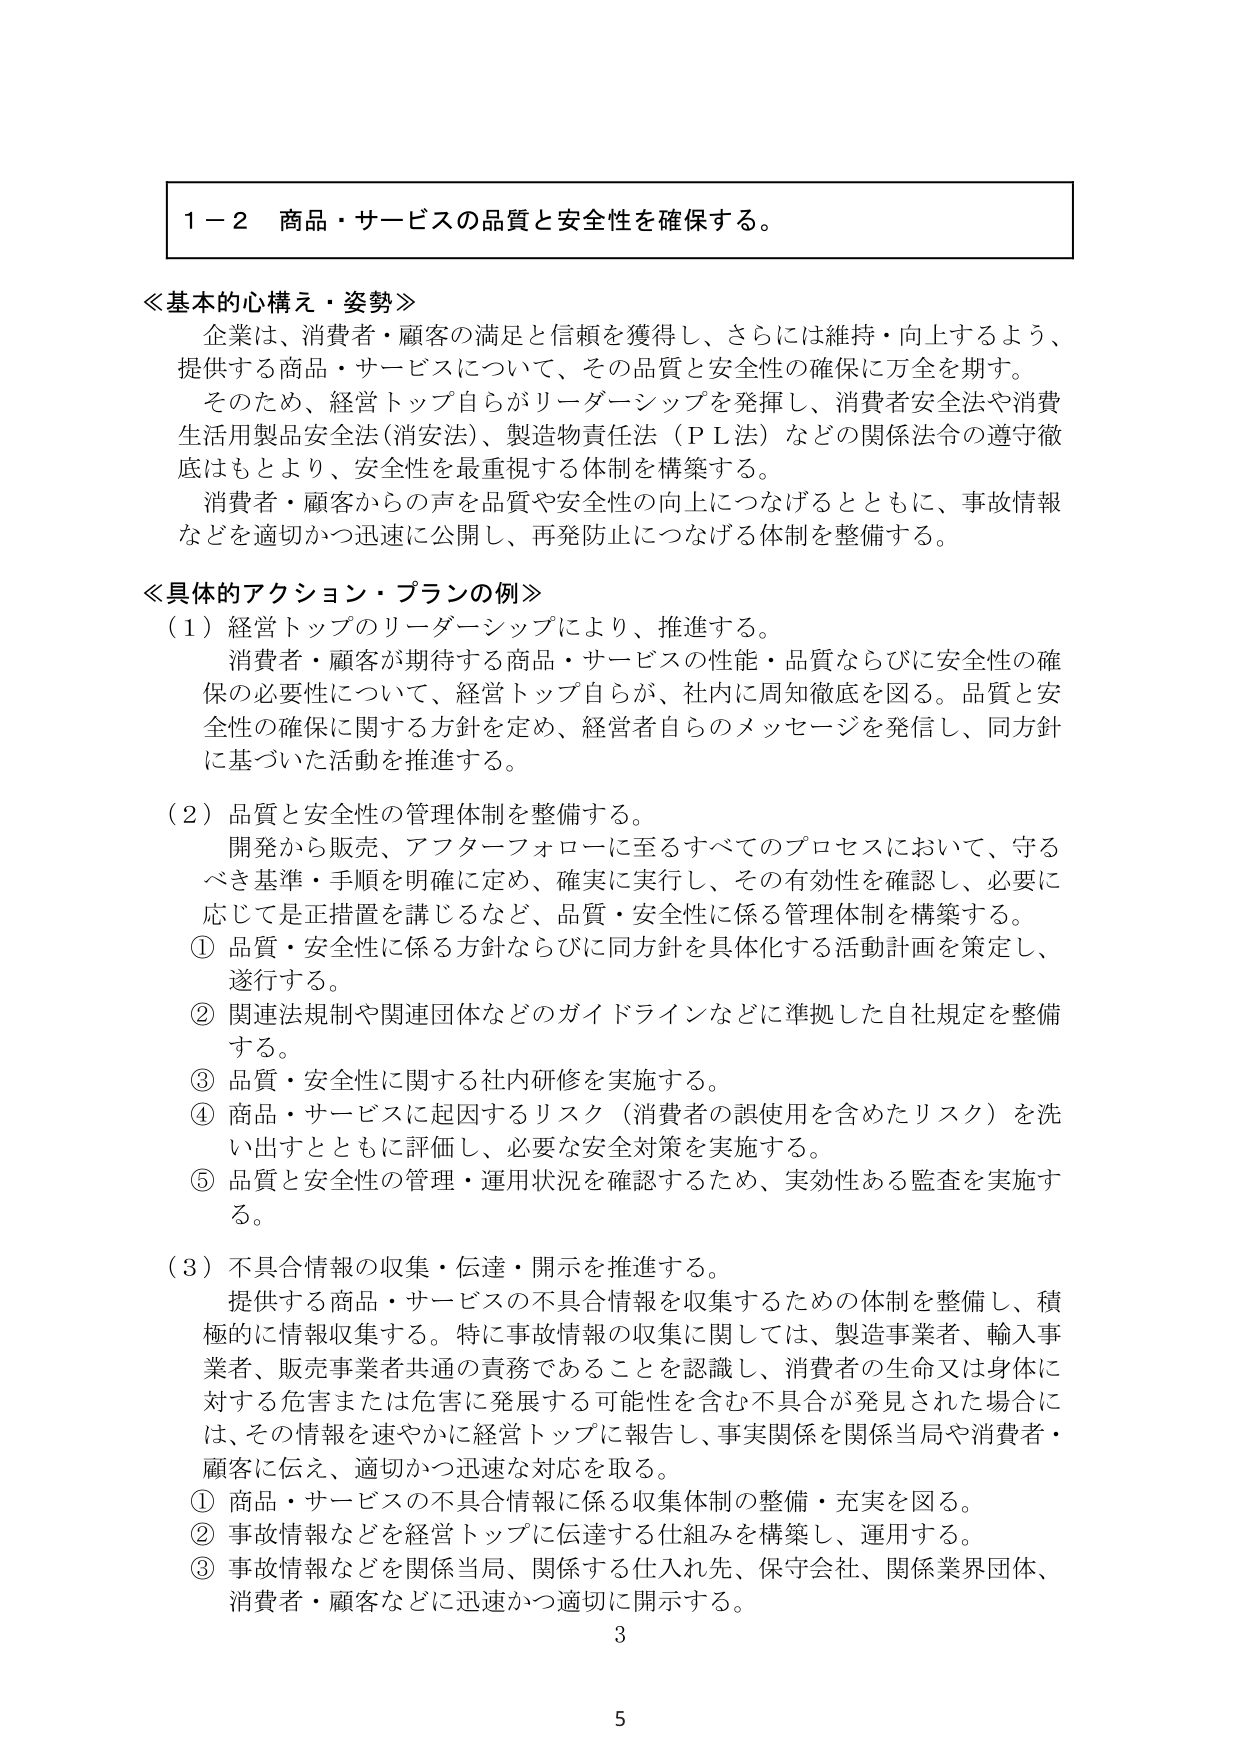
1－2 商品・サービスの品質と安全性を確保する。

≪基本的心構え・姿勢≫
企業は、消費者・顧客の満足と信頼を獲得し、さらには維持・向上するよう、
提供する商品・サービスについて、その品質と安全性の確保に万全を期す。
そのため、経営トップ自らがリーダーシップを発揮し、消費者安全法や消費
生活用製品安全法（消安法）、製造物責任法（ＰＬ法）などの関係法令の遵守徹
底はもとより、安全性を最重視する体制を構築する。
消費者・顧客からの声を品質や安全性の向上につなげるとともに、事故情報
などを適切かつ迅速に公開し、再発防止につなげる体制を整備する。

≪具体的アクション・プランの例≫
（1）経営トップのリーダーシップにより、推進する。
　消費者・顧客が期待する商品・サービスの性能・品質ならびに安全性の確
　保の必要性について、経営トップ自らが、社内に周知徹底を図る。品質と安
　全性の確保に関する方針を定め、経営者自らのメッセージを発信し、同方針
　に基づいた活動を推進する。

（2）品質と安全性の管理体制を整備する。
　開発から販売、アフターフォローに至るすべてのプロセスにおいて、守る
　べき基準・手順を明確に定め、確実に実行し、その有効性を確認し、必要に
　応じては正措置を講じるなど、品質・安全性に係る管理体制を構築する。
　① 品質・安全性に係る方針ならびに同方針を具体化する活動計画を策定し、
　　遂行する。
　② 関連法規制や関連団体などのガイドラインなどに準拠した自社規定を整備
　　する。
　③ 品質・安全性に関する社内研修を実施する。
　④ 商品・サービスに起因するリスク（消費者の誤使用を含めたリスク）を洗
　　い出すとともに評価し、必要な安全対策を実施する。
　⑤ 品質と安全性の管理・運用状況を確認するため、実効性ある監査を実施す
　　る。

（3）不具合情報の収集・伝達・開示を推進する。
　提供する商品・サービスの不具合情報を収集するための体制を整備し、積
　極的に情報収集する。特に事故情報の収集に関しては、製造事業者、輸入事
　業者、販売事業者共通の責務であることを認識し、消費者の生命又は身体に
　対する危害または危害に発展する可能性を含む不具合が発見された場合に
　は、その情報を速やかに経営トップに報告し、事実関係を関係当局や消費者・
　顧客に伝え、適切かつ迅速な対応を取る。
　① 商品・サービスの不具合情報に係る収集体制の整備・充実を図る。
　② 事故情報などを経営トップに伝達する仕組みを構築し、運用する。
　③ 事故情報などを関係当局、関係する仕入れ先、保守会社、関係業界団体、
　　消費者・顧客などに迅速かつ適切に開示する。

3
5